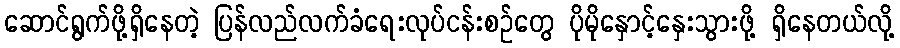
ဆောင်ရွက်ဖို့ရှိနေတဲ့ ပြန်လည်လက်ခံရေးလုပ်ငန်းစဉ်တွေ ပိုမိုနှောင့်နှေးသွားဖို့ ရှိနေတယ်လို့